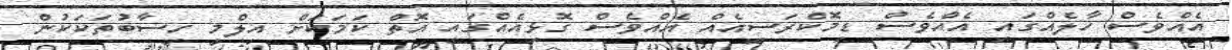
އެއްވެސް ހާލެއްގައި އެއްވެސް ޑިމޮކްރަސީއެއް އެއްވެސް ގޮޅިއެއްގައި އޮތް ކަމަކަށް އިލްމީ ހިސާބުތަކަކުން